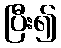
ပြီး၍